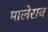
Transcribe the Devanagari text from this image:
मालेराव